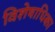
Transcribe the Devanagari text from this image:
विशेषाधिका